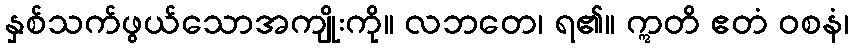
နှစ်သက်ဖွယ်သောအကျိုးကို။ လဘတေ၊ ရ၏။ ဣတိ ဧတံ ဝစနံ၊